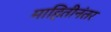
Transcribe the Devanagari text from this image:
माहितीनंतर